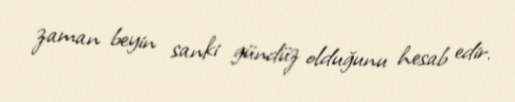
zaman beyin sanki gündüz olduğunu hesab edir.